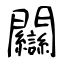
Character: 𨷻